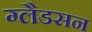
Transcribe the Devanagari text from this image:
ग्लैडसन